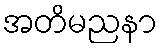
အတိမညနာ